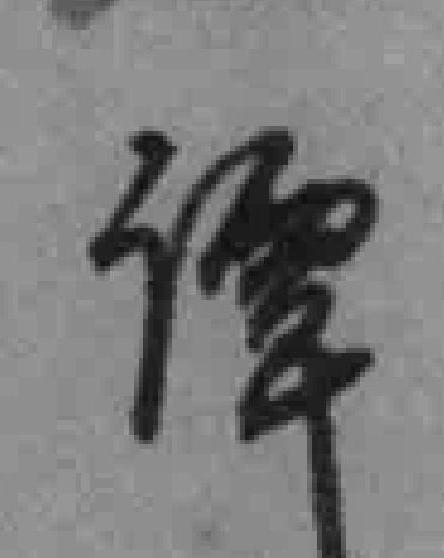
谭